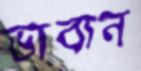
ভাবান